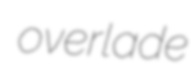
overlade